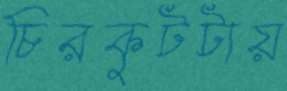
চিরকুটটায়